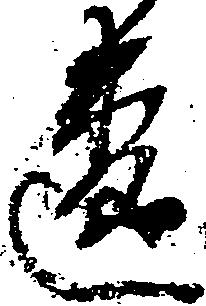
違